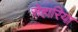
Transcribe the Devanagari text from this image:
सेहारिया